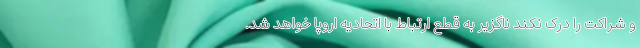
و شراکت را درک نکند ناگزیر به قطع ارتباط با اتحادیه اروپا خواهد شد.